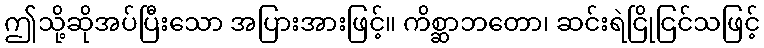
ဤသို့ဆိုအပ်ပြီးသော အပြားအားဖြင့်။ ကိစ္ဆာဘတော၊ ဆင်းရဲငြိုငြင်သဖြင့်